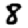
Digit: 8